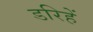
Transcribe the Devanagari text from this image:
डरिहें